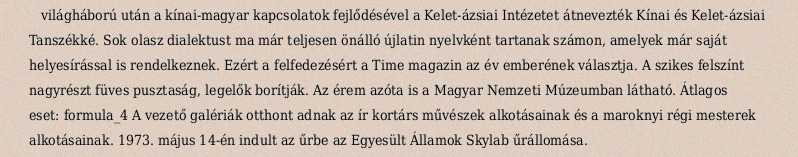
világháború után a kínai-magyar kapcsolatok fejlődésével a Kelet-ázsiai Intézetet átnevezték Kínai és Kelet-ázsiai Tanszékké. Sok olasz dialektust ma már teljesen önálló újlatin nyelvként tartanak számon, amelyek már saját helyesírással is rendelkeznek. Ezért a felfedezésért a Time magazin az év emberének választja. A szikes felszínt nagyrészt füves pusztaság, legelők borítják. Az érem azóta is a Magyar Nemzeti Múzeumban látható. Átlagos eset: formula_4 A vezető galériák otthont adnak az ír kortárs művészek alkotásainak és a maroknyi régi mesterek alkotásainak. 1973. május 14-én indult az űrbe az Egyesült Államok Skylab űrállomása.